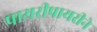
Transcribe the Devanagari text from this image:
पायरीपायरीने